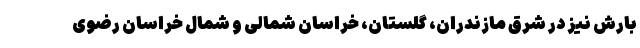
بارش نیز در شرق مازندران، گلستان، خراسان شمالی و شمال خراسان رضوی